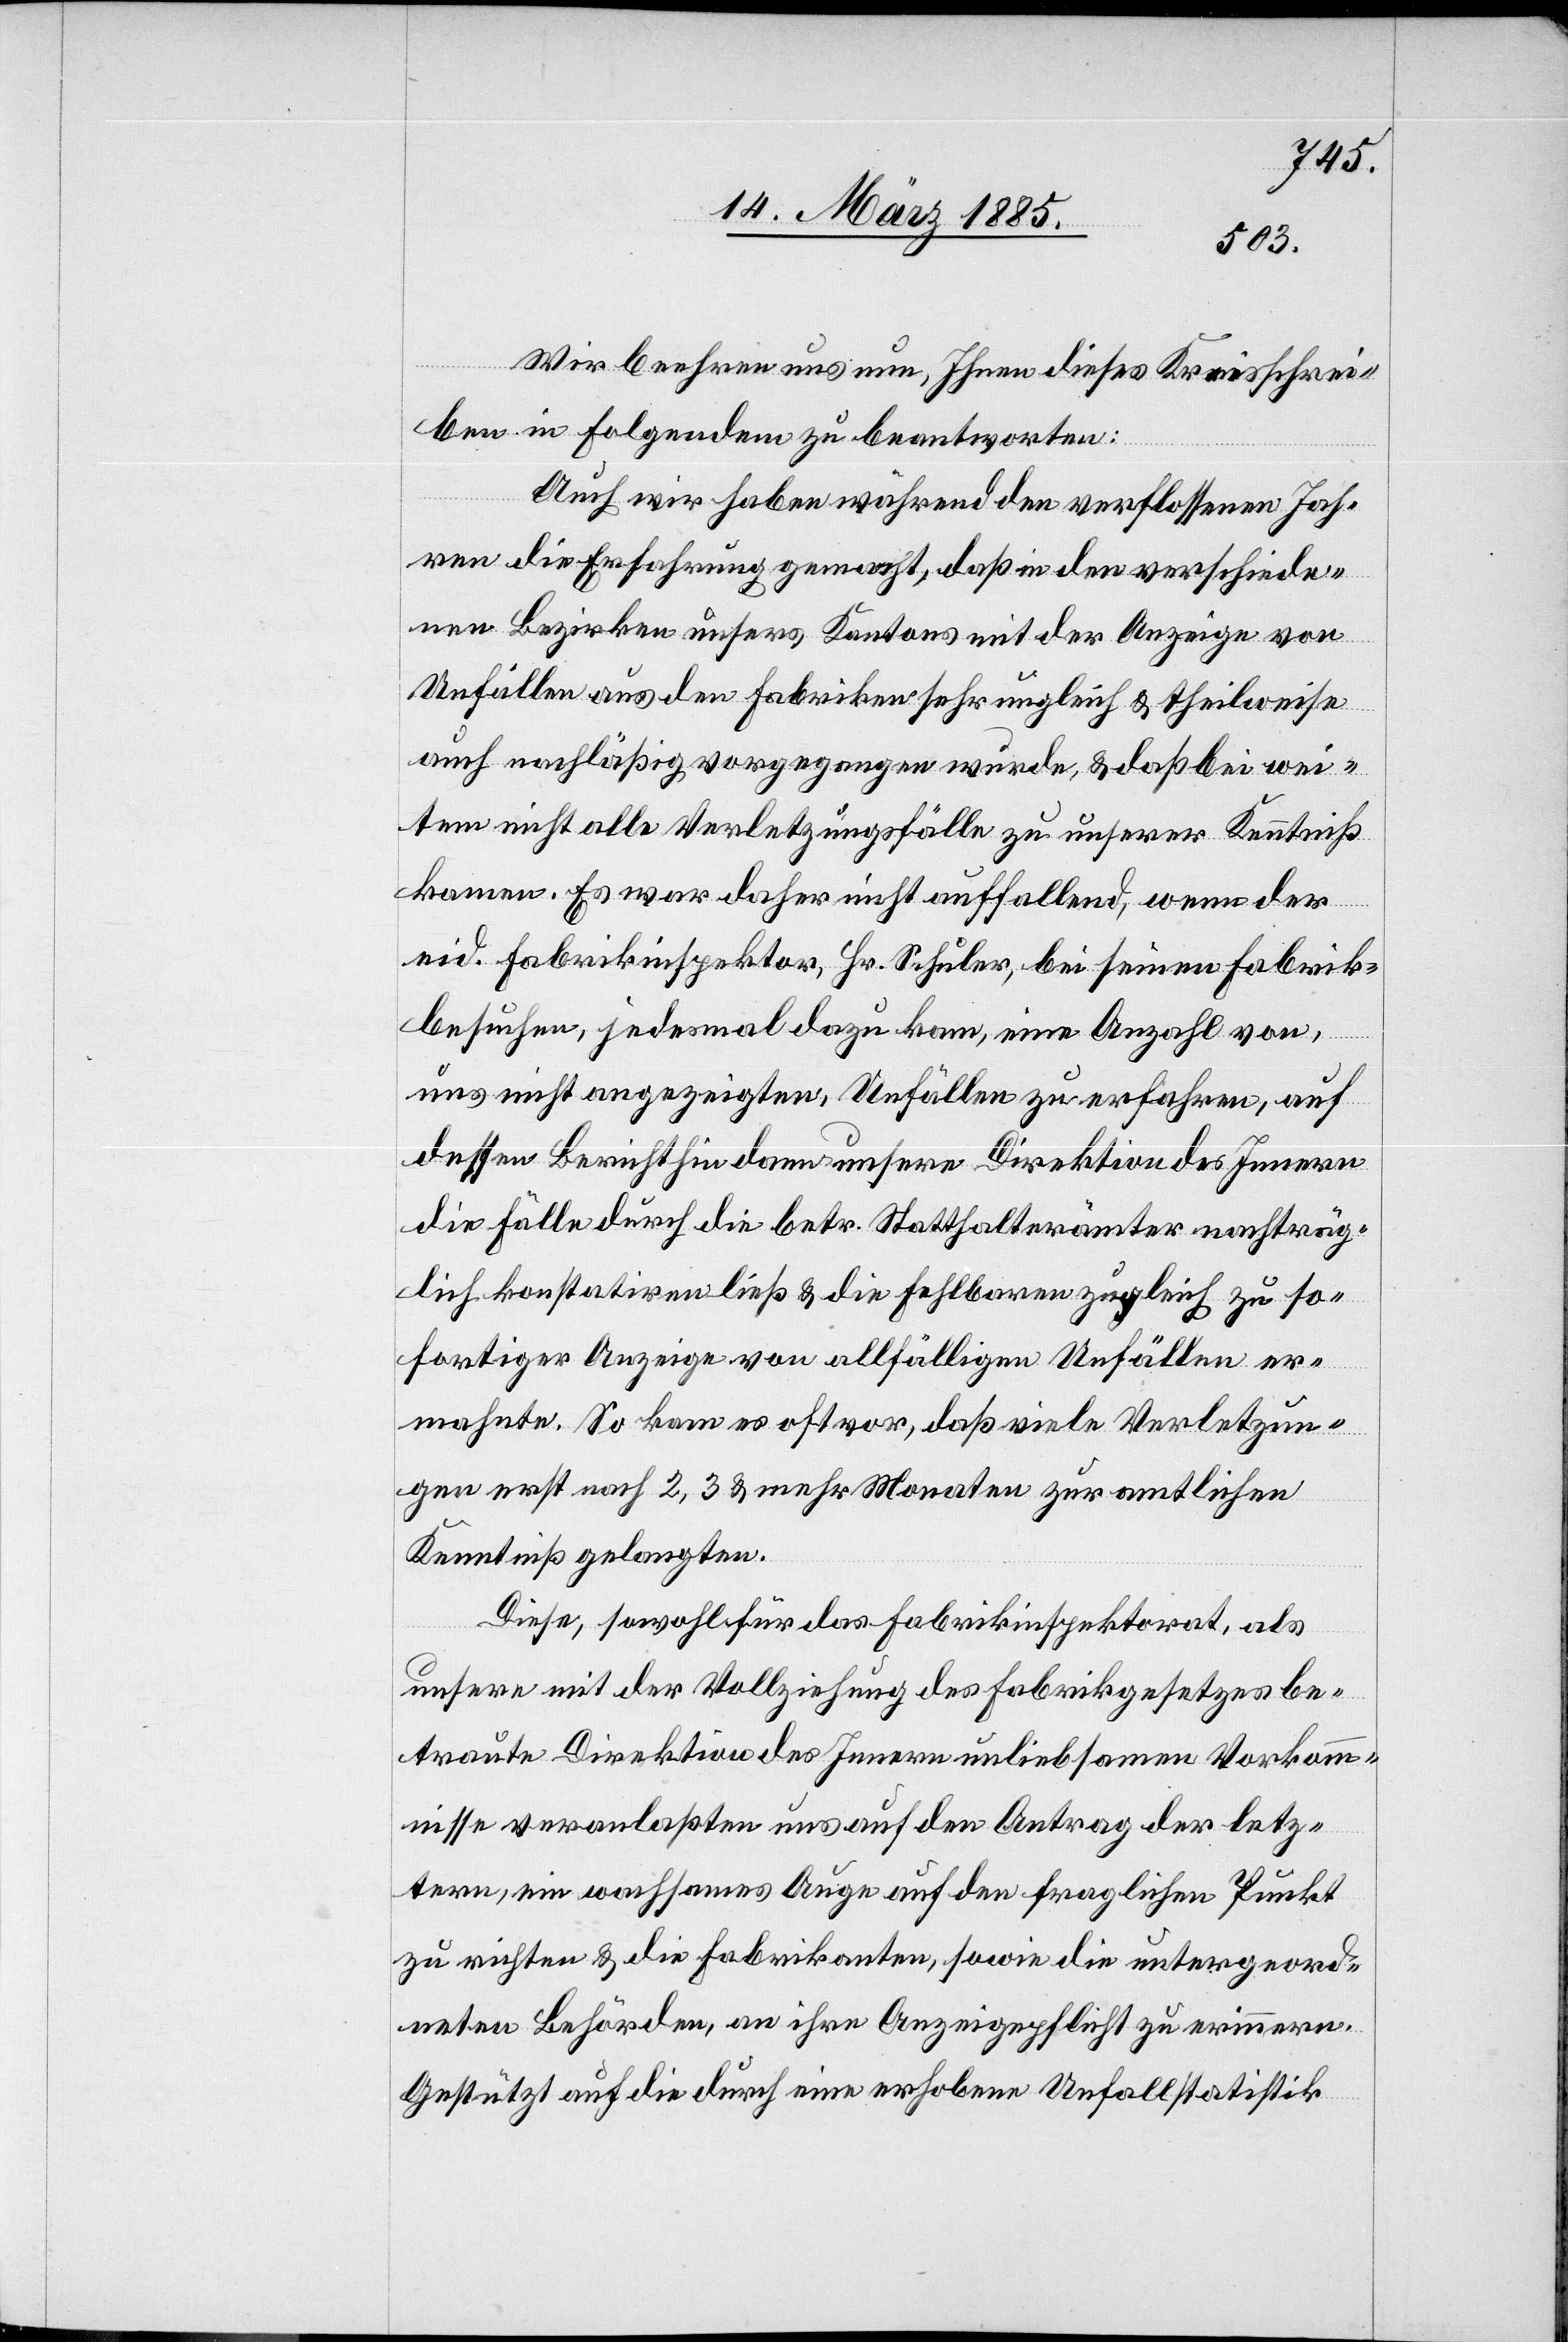
Wir beehren uns nun, Ihnen dieses Kreisschrei¬
ben im Folgenden zu beantworten:
Auch wir haben während den verflossenen Jah¬
ren die Erfahrung gemacht, daß in den verschiede¬
nen Bezirken unsers Kantons mit der Anzeige von
Unfällen aus den Fabriken sehr ungleich & theilweise
auch nachläßig vorgegangen wurde, & daß bei wei¬
tem nicht alle Verletzungsfälle zu unserer Kenntniß
kommen. Es war daher nicht auffallend, wenn der
eid. Fabrikinspektor, Hr. Schuler, bei seinen Fabrik¬
besuchen, jedes mal dazu kam, eine Anzahl von,
uns nicht angezeigten, Unfällen zu erfahren, auf
dessen Bericht hin dann unsere Direktion des Innern
die Fälle durch die betr. Statthalterämter nachträg¬
lich konstatiren ließ & die Fehlbaren zugleich zu so¬
fortiger Anzeige von allfälligen Unfällen er¬
mahnte. So kam es oft vor, daß viele Verletzun¬
gen erste nach 2, 3 & mehr Monaten zur amtlichen
Kenntniß gelangten.
Diese, sowohl für das Fabrikinspektorat, als
unsere mit der Vollziehung des Fabrikgesetzes be¬
traute Direktion des Innern unliebsamen Vorkom¬
mnisse veranlaßten uns auf den Antrag der letz¬
tern, ein wachsames Auge auf den fraglichen Punkt
zu richten & die Fabrikanten, sowie die untergeord¬
neten Behörden, an ihre Anzeigepflicht zu erinnern.
Gestützt auf die durch eine erhobene Unfallstatistik